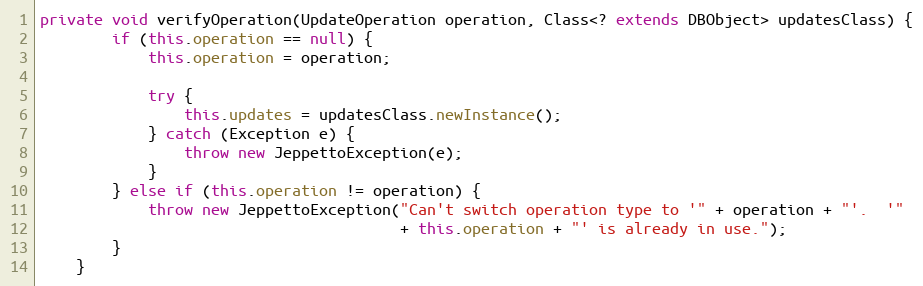
Language: Java
private void verifyOperation(UpdateOperation operation, Class<? extends DBObject> updatesClass) {
        if (this.operation == null) {
            this.operation = operation;

            try {
                this.updates = updatesClass.newInstance();
            } catch (Exception e) {
                throw new JeppettoException(e);
            }
        } else if (this.operation != operation) {
            throw new JeppettoException("Can't switch operation type to '" + operation + "'.  '"
                                        + this.operation + "' is already in use.");
        }
    }